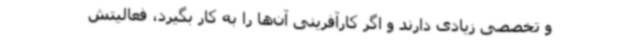
و تخصصی زیادی دارند و اگر کارآفرینی آن‌ها را به کار بگیرد، فعالیتش